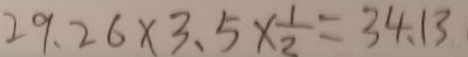
2 9 . 2 6 \times 3 . 5 \times \frac { 1 } { 2 } = 3 4 . 1 3